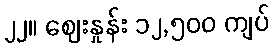
၂၂။ ဈေးနှုန်း ၁၂,၅၀၀ ကျပ်